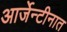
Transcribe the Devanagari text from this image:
आर्जेन्टीनात